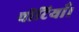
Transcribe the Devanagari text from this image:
चीटियाँ।